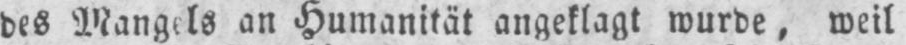
an Humanität angeklagt wurde, weil